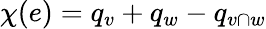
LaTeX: \chi(e)=q_{v}+q_{w}-q_{v\cap w}